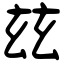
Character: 玆